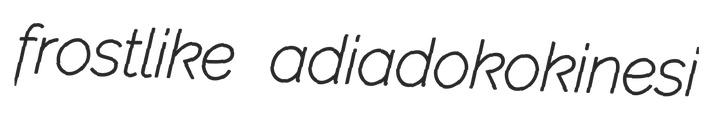
frostlike adiadokokinesi